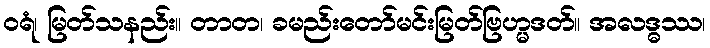
ဝရံ၊ မြတ်သနည်း။ တာတ၊ ခမည်းတော်မင်းမြတ်ဗြဟ္မဒတ်။ အလဒ္ဓဿ၊